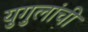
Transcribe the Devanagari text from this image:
युगुलांची